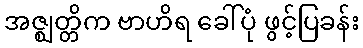
အဇ္ဈတ္တိက ဗာဟိရ ခေါ်ပုံ ဖွင့်ပြခန်း